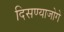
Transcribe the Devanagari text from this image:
दिसण्याजोगे